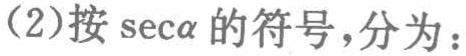
(2)按\(\sec\alpha\)的符号，分为：